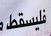
فليسقط